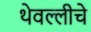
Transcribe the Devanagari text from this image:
थेवल्लीचे